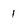
Character: 1